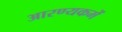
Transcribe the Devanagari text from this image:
आरण्यकमें